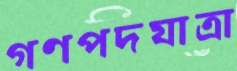
গণপদযাত্রা